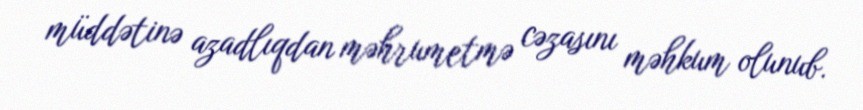
müddətinə azadlıqdan məhrumetmə cəzasını məhkum olunub.